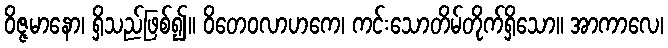
ဝိဇ္ဇမာနော၊ ရှိသည်ဖြစ်၍။ ဝိတေဝလာဟကေ၊ ကင်းသောတိမ်တိုက်ရှိသော။ အာကာလေ၊